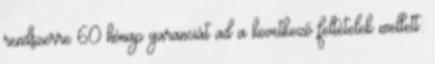
rendszerre 60 hónap garanciát ad a következő feltételek mellett: